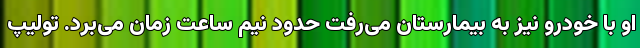
او با خودرو نیز به بیمارستان می‌رفت حدود نیم ساعت زمان می‌برد. تولیپ